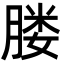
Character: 𦝼